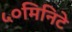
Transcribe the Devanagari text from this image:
५०मिनिटे